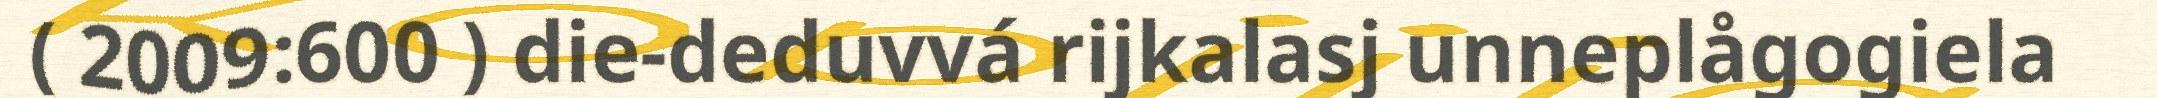
( 2009:600 ) die-deduvvá rijkalasj unneplågogiela